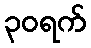
၃၀ရက်